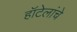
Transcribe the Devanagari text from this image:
हॉटेलांचे